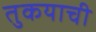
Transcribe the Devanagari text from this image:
तुकयाची